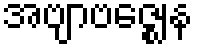
အဗျာဗဇ္ဈေန